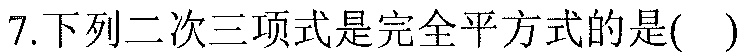
7.下列二次三项式是完全平方式的是( )